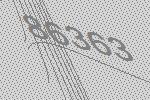
86363